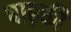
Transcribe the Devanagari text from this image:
बाढ़की